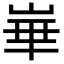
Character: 崋